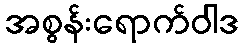
အစွန်းရောက်ဝါဒ